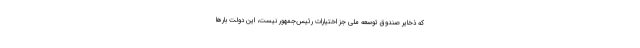
که ذخایر صندوق توسعه ملی جز اختیارات رئیس‌جمهور نیست، این دولت بارها